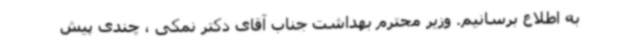
به اطلاع برسانیم. وزیر محترم بهداشت جناب آقای دکتر نمکی ، چندی پیش